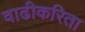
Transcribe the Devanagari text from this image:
वाढीकरिता